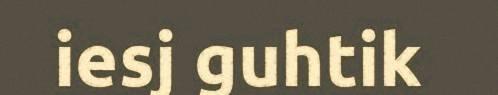
iesj guhtik